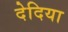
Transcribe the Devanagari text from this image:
देदिया